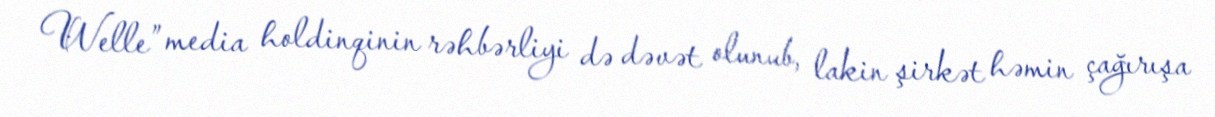
Welle” media holdinqinin rəhbərliyi də dəvət olunub, lakin şirkət həmin çağırışa